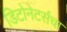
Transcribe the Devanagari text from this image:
डिटोनेटर्सचा